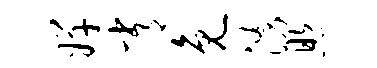
婵常免涌照